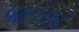
પાઈલટ